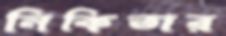
নিকিতার